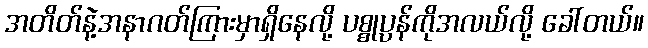
အတိတ်နဲ့အနာဂတ်ကြားမှာရှိနေလို့ ပစ္စုပ္ပန်ကိုအလယ်လို့ ခေါ်တယ်။